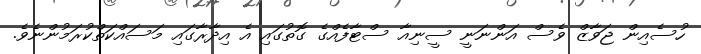
ހުސެއިން ޖަވާޒް ވެސް އަންނަނީ ސީނިއާ ސްޓާފެއްގެ ގޮތުގައި އެ އިދާރާގައި މަސައްކަތްކުރަމުންނެވެ.